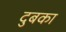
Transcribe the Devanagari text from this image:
दुबका